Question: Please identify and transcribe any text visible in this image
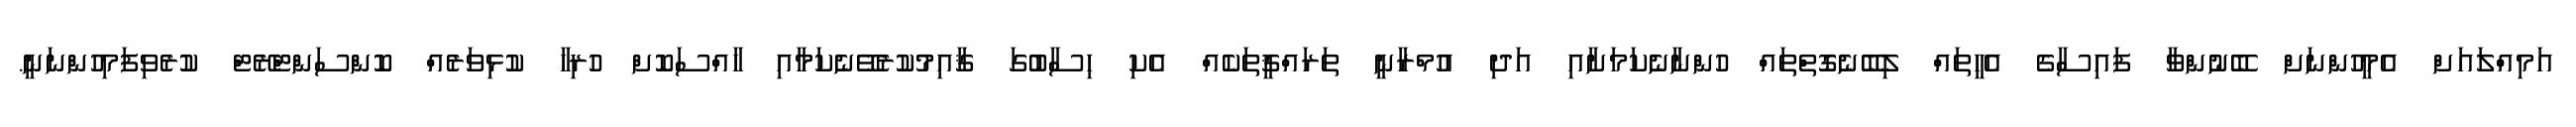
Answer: އަމިއްލައަށް އެމީހުންނަށް ބޭނުންވާ ފައިސާގެ އެހީތައް ލިބޭނެގޮތްތައް ހުންނާނެކަމަށާއި އަދި އުމްރާނީ ތަރައްޤީތަކެއް އެކި ހިސާބުގަ ޤާއިމުކުރެވޭނެކަމާއި ހާއްސަކޮށް ހުރިހާ ކުޅިވަރެއް ކޮންސަންޓްރޭޓް ކުރެވިފަމިހުންނަނީ.